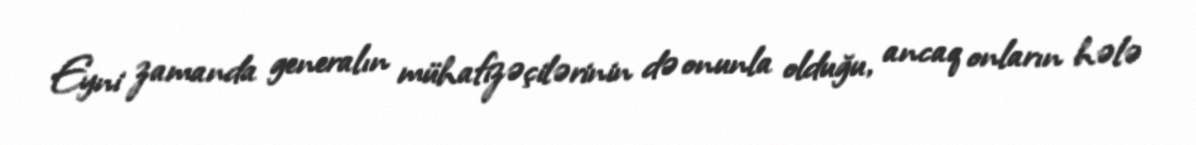
Eyni zamanda generalın mühafizəçilərinin də onunla olduğu, ancaq onların hələ